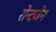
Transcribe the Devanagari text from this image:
रोन्टजेन